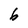
Character: 6